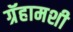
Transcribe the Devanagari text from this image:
ग्रॅहामशी